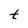
Character: t